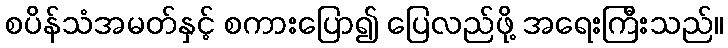
စပိန်သံအမတ်နှင့် စကားပြော၍ ပြေလည်ဖို့ အရေးကြီးသည်။